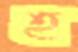
হ